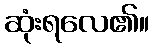
ဆုံးရလေ၏။